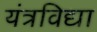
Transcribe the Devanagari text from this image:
यंत्रविद्या